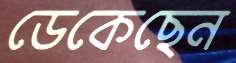
ডেকেছেন